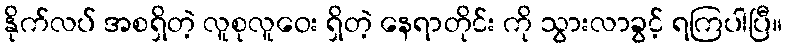
နိုက်လပ် အစရှိတဲ့ လူစုလူဝေး ရှိတဲ့ နေရာတိုင်း ကို သွားလာခွင့် ရကြပါပြီ။